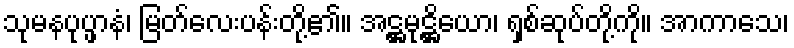
သုမနပုပ္ဖာနံ၊ မြတ်လေးပန်းတို့၏။ အဋ္ဌမုဋ္ဌိယော၊ ရှစ်ဆုပ်တို့ကို။ အာကာသေ၊